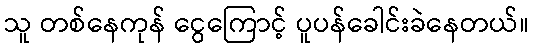
သူ တစ်နေကုန် ငွေကြောင့် ပူပန်ခေါင်းခဲနေတယ်။